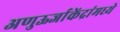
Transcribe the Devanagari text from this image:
अणुऊर्जाकेंद्रांमध्ये